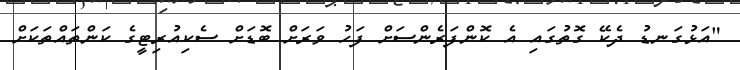
"އަޅުގަނޑު ދެކޭ ގޮތުގައި އެ ކޮންފަރެންސަށް ފަހު ވަރަށް ބޮޑަށް ސެކިއުރިޓީގެ ކަންތައްތަކަށް